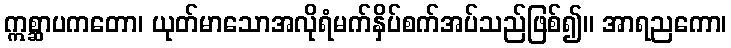
ဣစ္ဆာပကတော၊ ယုတ်မာသောအလိုရံမက်နှိပ်စက်အပ်သည်ဖြစ်၍။ အာရညကော၊